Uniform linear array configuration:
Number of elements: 24
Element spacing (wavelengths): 0.25
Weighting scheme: exponential
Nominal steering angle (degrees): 60
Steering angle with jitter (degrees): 58.773
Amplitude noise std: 0.05
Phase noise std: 0.05

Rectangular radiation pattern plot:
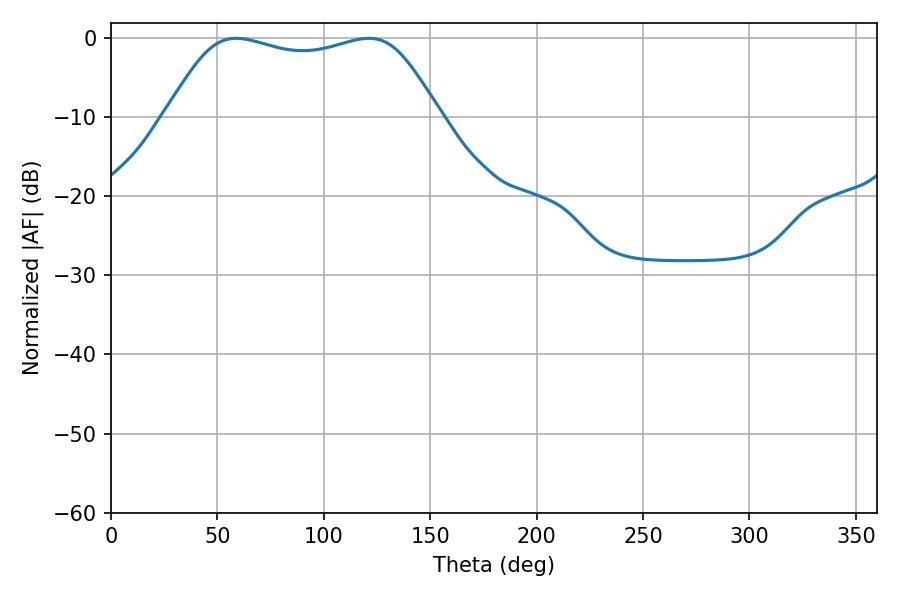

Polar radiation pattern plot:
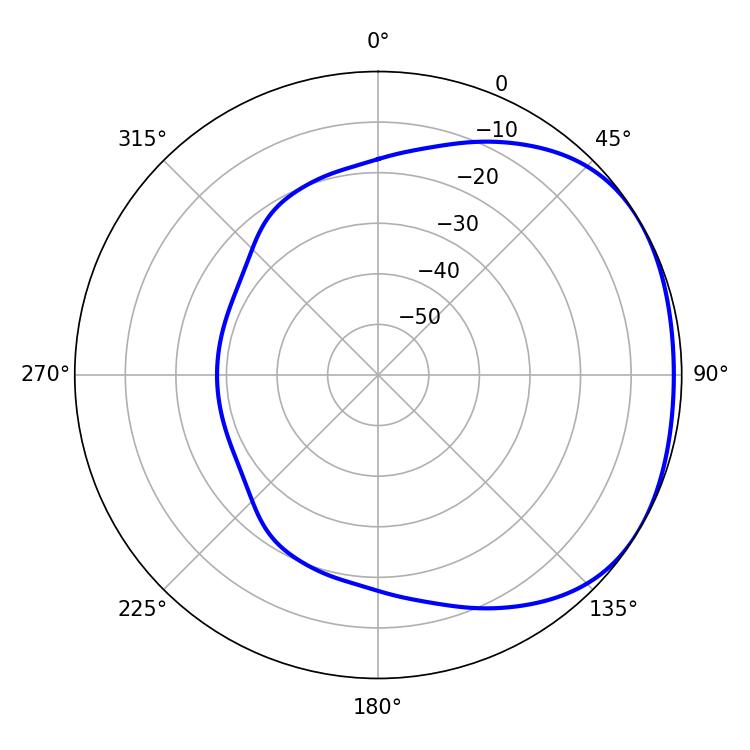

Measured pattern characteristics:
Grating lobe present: FALSE
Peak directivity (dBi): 1.716
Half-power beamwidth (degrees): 98.64
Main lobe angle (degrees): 58.86